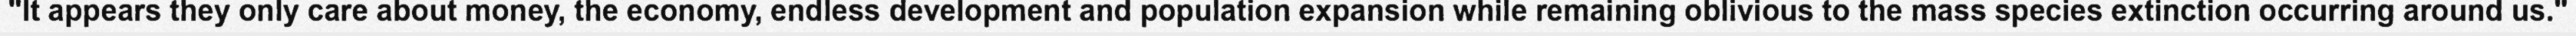
"It appears they only care about money, the economy, endless development and population expansion while remaining oblivious to the mass species extinction occurring around us."